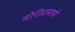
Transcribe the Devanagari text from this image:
दोरीप्रमाणे